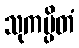
သုကပ္ပိတံ